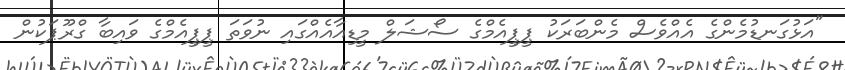
"އަޅުގަނޑުމެންގެ އެއްވެސް މެންބަރަކު ޕީޕީއެމްގެ ސޯޝަލް މީޑިއާއެއްގައި ނުވަތަ ޕީޕީއެމްގެ ވައިބާ ގްރޫޕަކުން